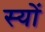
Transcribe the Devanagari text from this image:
स्यों